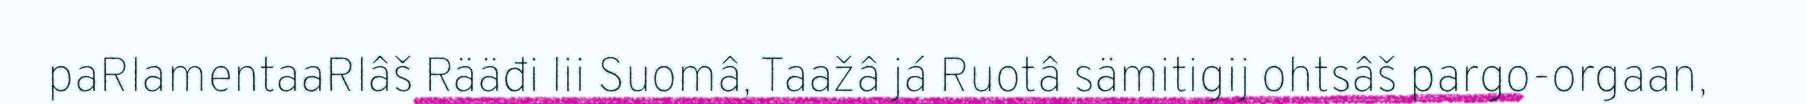
paRlamentaaRlâš Rääđi lii Suomâ, Taažâ já Ruotâ sämitigij ohtsâš pargo-orgaan,